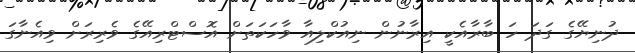
ދުނިޔޭގެ ގަދަ ހަ ބާރާއެކީ އިރާނުން ނިއުކްލިއާ ވާހަކަތަށް އޮސްޓްރިއޭގެ ވެރިރަށް ވިއެނާގަ